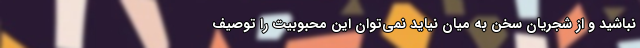
نباشید و از شجریان سخن به میان نیاید نمی‌توان این محبوبیت را توصیف